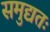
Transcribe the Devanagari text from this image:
समुद्यतः